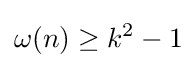
\omega (n)\geq k^{2}-1